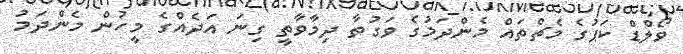
ވޯލްޑް ކަޕުގެ މެޗްތައް މެންދަމުގެ ވަގުތާ ދިމާވާތީ ގިނަ އަދެއްގެ މީހުން މެންދަމު